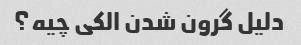
دلیل گرون شدن الکی چیه؟